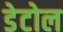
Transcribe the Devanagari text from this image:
डेटोल